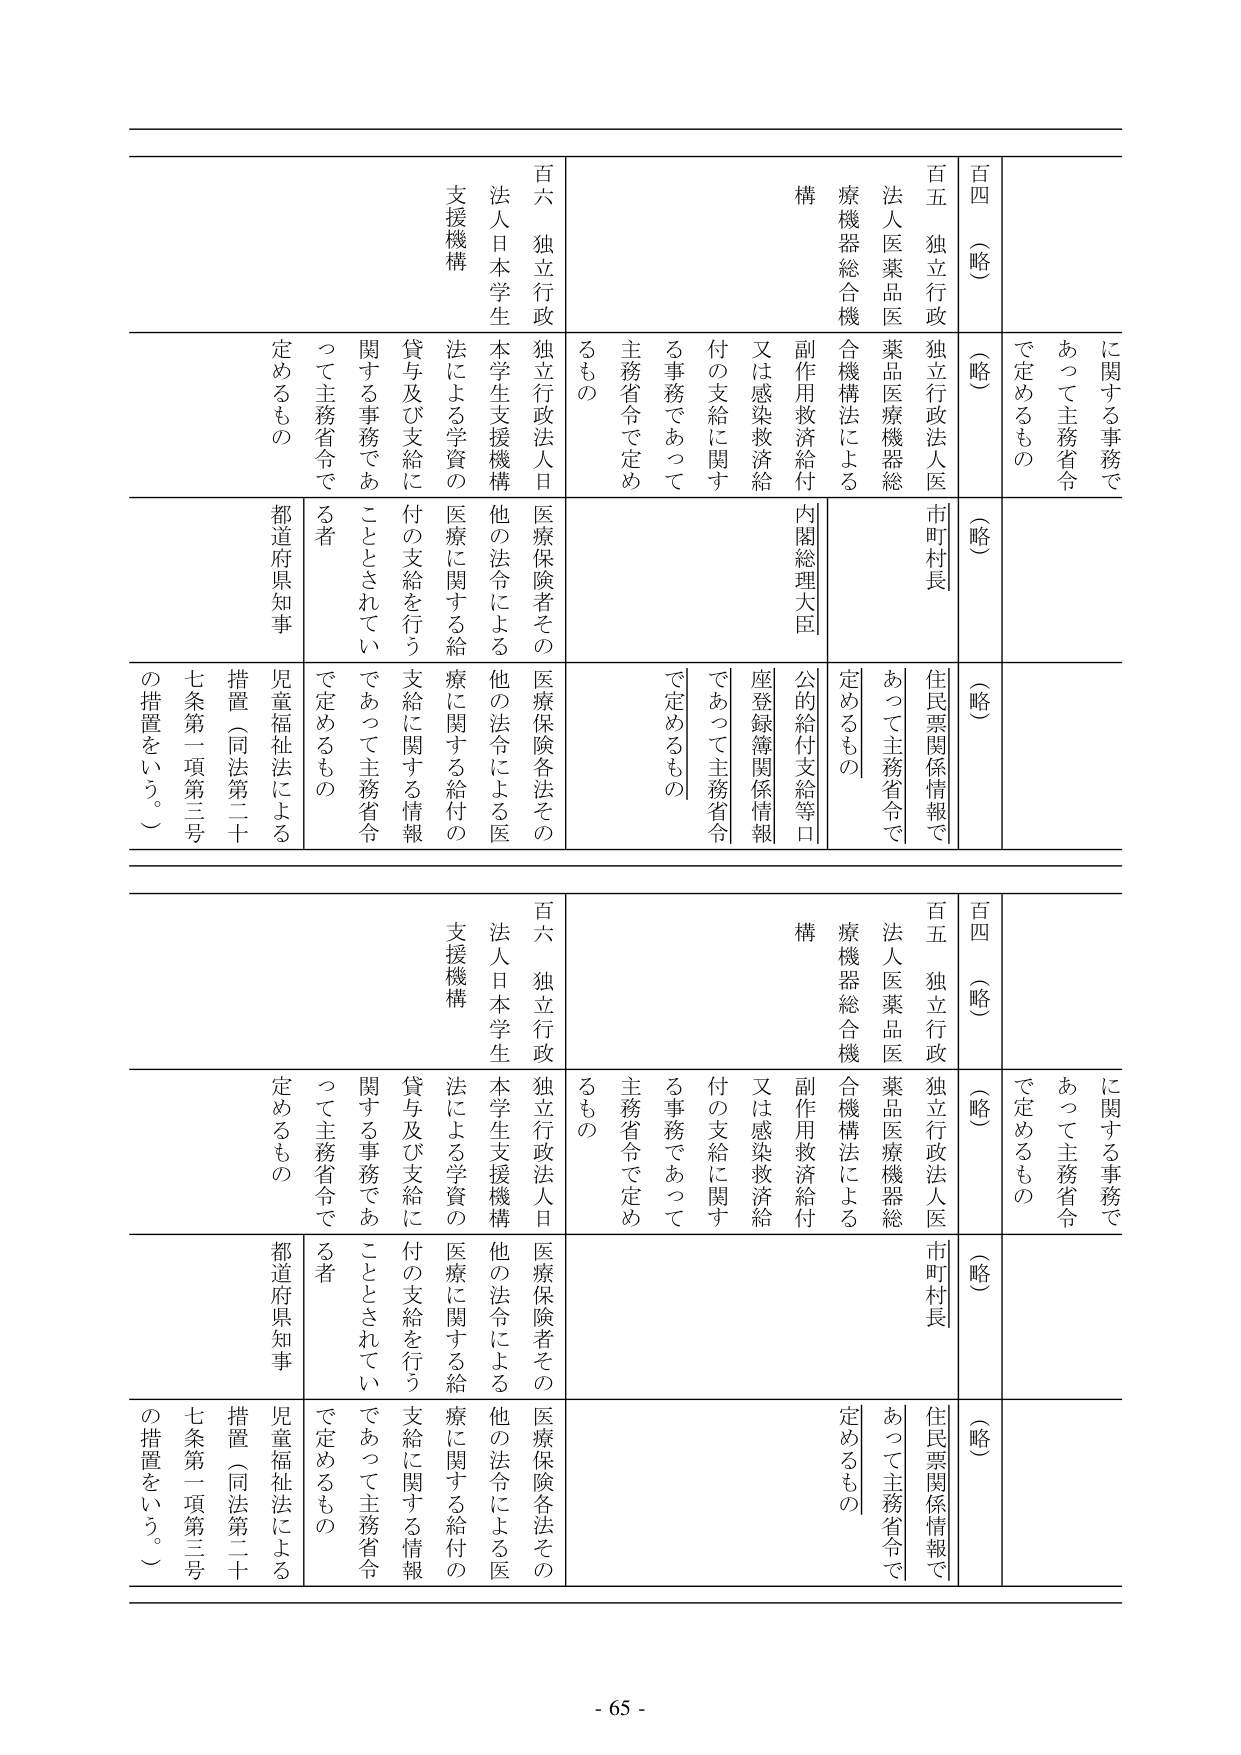
百四（略）
百五 独立行政法人医薬品医療機器総合機構
百六 独立行政法人日本学生支援機構

に関する事務であって主務省令で定めるもの
（略）
市町村長
医療保険者その他の法令による医療に関する給付の支給を行うこととされている者
都道府県知事
児童福祉法による措置（同法第二十七条第一項第三号の措置をいう。）

主務省令で定めるもの
副作⽤救済給付又は感染救済給付の支給に関する事務であって主務省令で定めるもの
内閣総理大臣
公的給付支給等口座登録簿関係情報
住民票関係情報であって主務省令で定めるもの

百四（略）
百五 独立行政法人医薬品医療機器総合機構
百六 独立行政法人日本学生支援機構

に関する事務であって主務省令で定めるもの
（略）
市町村長
医療保険者その他の法令による医療に関する給付の支給を行うこととされている者
都道府県知事
児童福祉法による措置（同法第二十七条第一項第三号の措置をいう。）

主務省令で定めるもの
副作⽤救済給付又は感染救済給付の支給に関する事務であって主務省令で定めるもの
内閣総理大臣
公的給付支給等口座登録簿関係情報
住民票関係情報であって主務省令で定めるもの

- 65 -